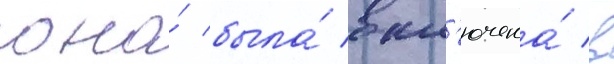
она́ была́ вкл'ючена́ в